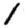
Digit: 1